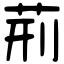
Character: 荊